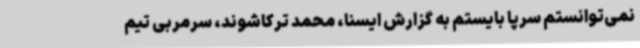
نمی‌توانستم سرپا بایستم به گزارش ایسنا، محمد ترکاشوند، سرمربی تیم